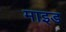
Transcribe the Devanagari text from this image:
माइड